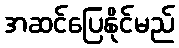
အဆင်ပြေနိုင်မည်